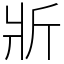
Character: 斨